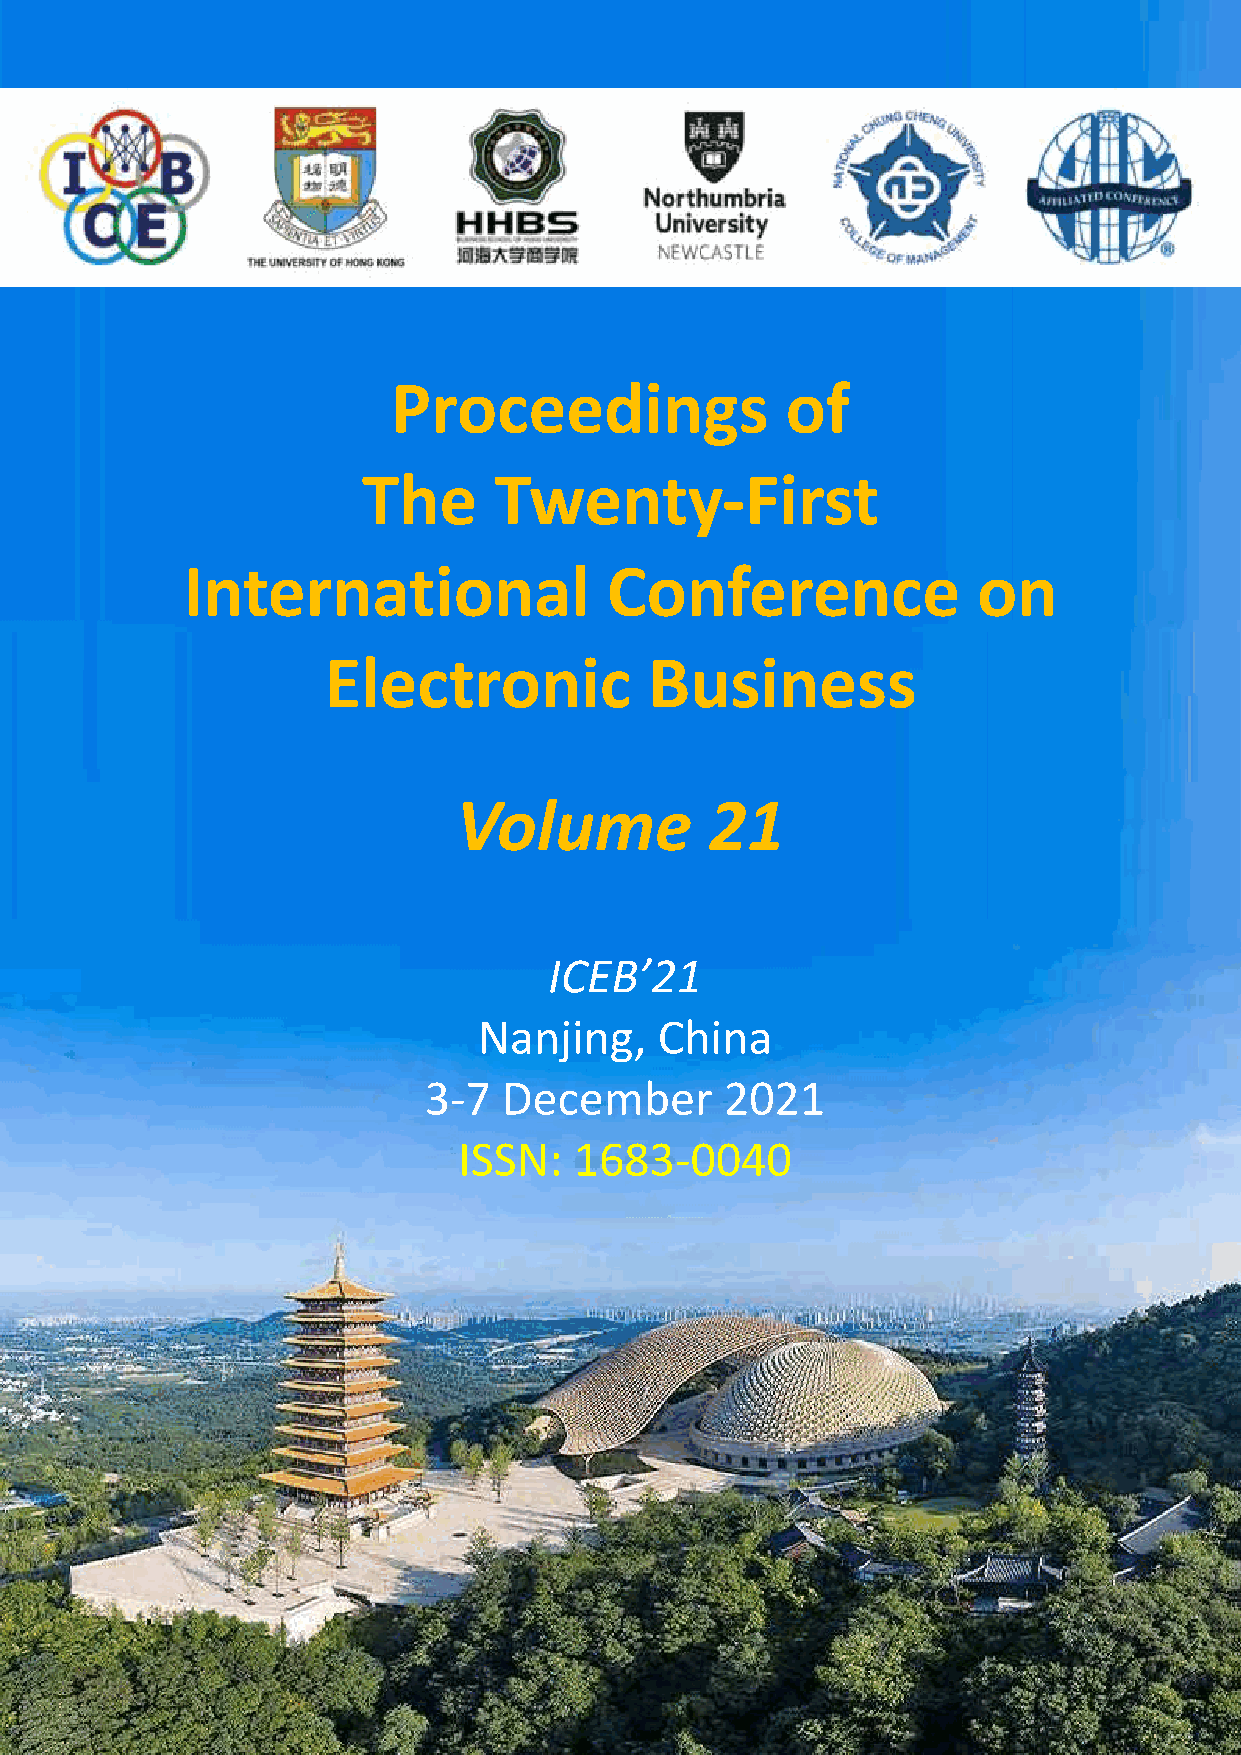
Proceedings               of
 The      Twenty-First
 International               Conference               on
 Electronic            Business
 Volume           21
 ICEB’21
 Nanjing,    China
 3-7  December       2021
 ISSN:   1683-0040